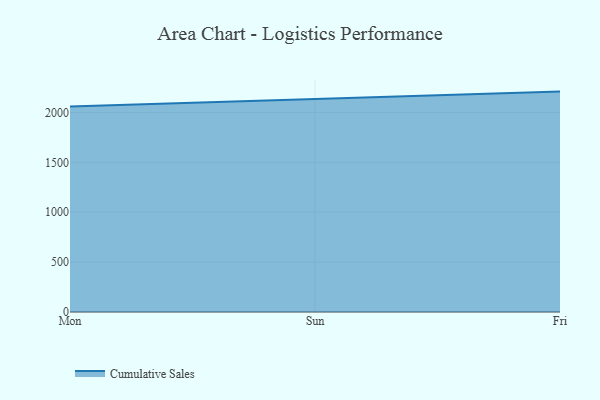
{"axis": {"x": "Day", "y": "Production Output"}, "legend": ["Cumulative Sales"], "data": [{"x": "Mon", "y": 2058.8, "type": "Cumulative Sales"}, {"x": "Sun", "y": 2131.0, "type": "Cumulative Sales"}, {"x": "Fri", "y": 2209.1, "type": "Cumulative Sales"}]}